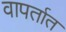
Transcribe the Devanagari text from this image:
वापर्तात